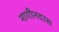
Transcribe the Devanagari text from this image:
नागीनदास